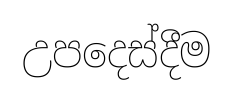
උපදෙස්දීම